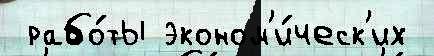
 рабо́ты эконом'и́ческ'их